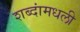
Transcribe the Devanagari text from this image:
शब्दांमधली